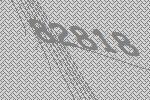
82818